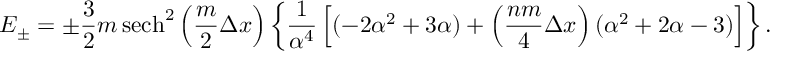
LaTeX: E _ { \pm } = \pm \frac { 3 } { 2 } m \, \mathrm { s e c h } ^ { 2 } \left( \frac { m } { 2 } \Delta x \right) \left\{ \frac { 1 } { \alpha ^ { 4 } } \left[ ( - 2 \alpha ^ { 2 } + 3 \alpha ) + \left( \frac { n m } { 4 } \Delta x \right) ( \alpha ^ { 2 } + 2 \alpha - 3 ) \right] \right\} .